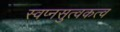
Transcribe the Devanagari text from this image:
स्वप्नसुत्वकत्व